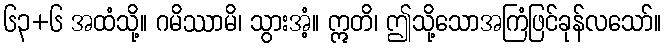
၆၃+၆ အထံသို့။ ဂမိဿာမိ၊ သွားအံ့။ ဣတိ၊ ဤသို့သောအကြံဖြင်ခုန်လသော်။